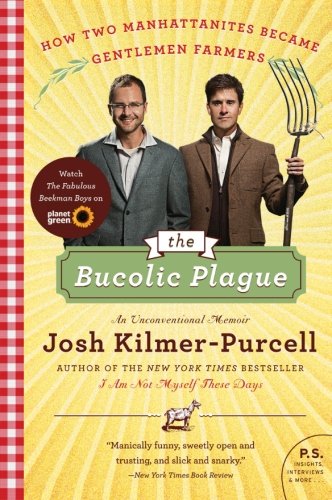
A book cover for The Bucolic Plague: How Two Manhattanites Became Gentlemen Farmers: An Unconventional Memoir (P.S.); Josh Kilmer-Purcell; Science & Math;